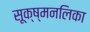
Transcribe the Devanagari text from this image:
सूक्ष्मनलिका